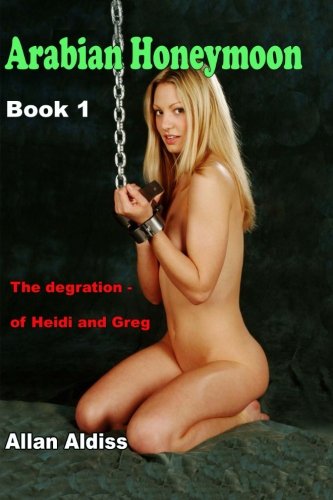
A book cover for Arabian Honeymoon Book 1:The degradation of Heidi and Greg: A BDSM novel of erotic domination; Allan Aldiss; Romance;